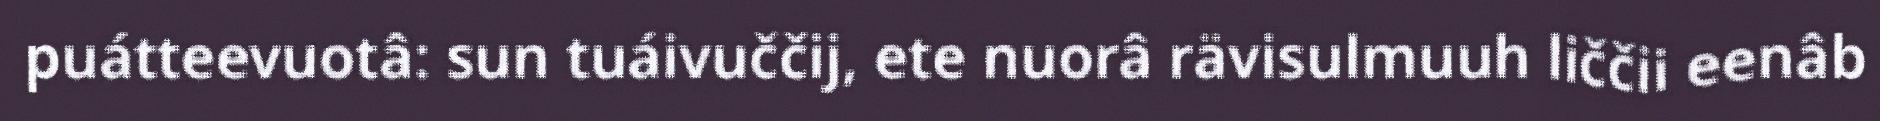
puátteevuotâ: sun tuáivuččij, ete nuorâ rävisulmuuh liččii eenâb